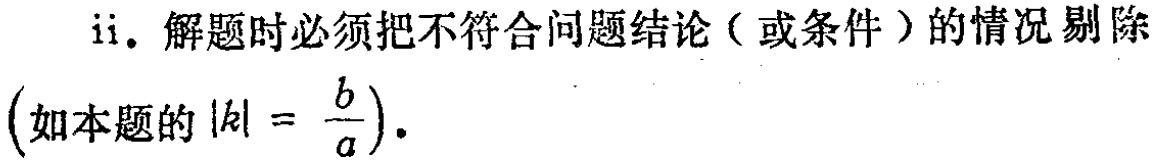
ii. 解题时必须把不符合问题结论（或条件）的情况剔除

\((如本题的 |k| = \frac{b}{a}).\)